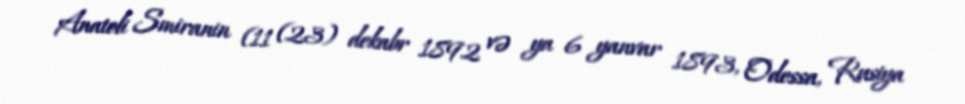
Anatoli Smiranin (11 (23) dekabr 1892 və ya 6 yanvar 1893, Odessa, Rusiya